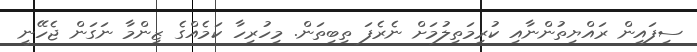
ސިފައިން ރައްޔިތުންނާއި ކުރިމަތިލުމަށް ނެރެފަ ތިބިތަން. މިހުރިހާ ކަމެއްގެ ޒިންމާ ނަގަން ޖެހޭނީ